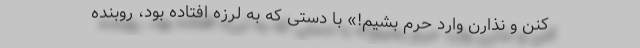
کنن و نذارن وارد حرم بشیم!» با دستی که به لرزه افتاده بود، روبنده